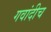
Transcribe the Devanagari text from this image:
गवांदीच